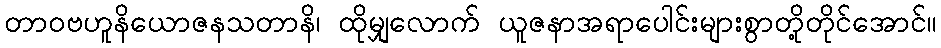
တာဝဗဟူနိယောဇနသတာနိ၊ ထိုမျှလောက် ယူဇနာအရာပေါင်းများစွာတို့တိုင်အောင်။